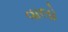
વાલો